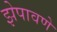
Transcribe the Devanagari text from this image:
झेपावणे